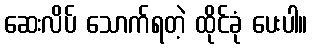
ဆေးလိပ် သောက်ရတဲ့ ထိုင်ခုံ ပေးပါ။